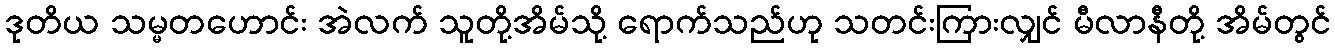
ဒုတိယ သမ္မတဟောင်း အဲလက် သူတို့အိမ်သို့ ရောက်သည်ဟု သတင်းကြားလျှင် မီလာနီတို့ အိမ်တွင်